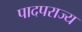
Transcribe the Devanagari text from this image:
पादपराज्य